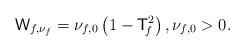
LaTeX: \begin{align*}{\mathsf W}_{f,\nu_f} = \nu_{f,0}\left( 1 - {\mathsf T}_{\hskip -2pt f}^2\right), \nu_{f,0}>0.\end{align*}